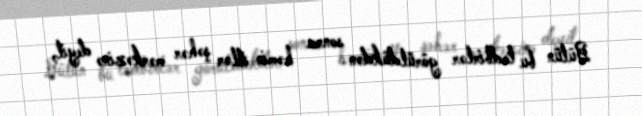
Bütün bu tədbirlər görüldükdən sonra həmin itlər şəhər mərkəzinə deyil,